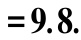
$=9.8.$